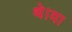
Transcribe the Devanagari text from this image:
थे।या